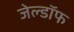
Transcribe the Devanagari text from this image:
जेल्डॉफ